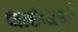
લાદવાથી